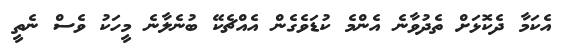
އެކަމާ ދެކޮޅަށް ތެދުވާނެ އެންމެ ކުޑަވެގެން އެއްޗެކޭ ބުނެލާނެ މީހަަކު ވެސް ނެތީ